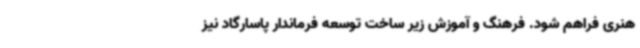
هنری فراهم شود. فرهنگ و آموزش زیر ساخت توسعه فرماندار پاسارگاد نیز